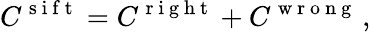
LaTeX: C^{\mathrm{~s~i~f~t~}}=C^{\mathrm{~r~i~g~h~t~}}+C^{\mathrm{~w~r~o~n~g~}}\, ,